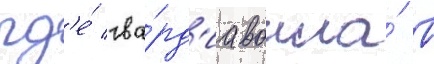
гд'е́ гва́рд'иа вошла́ в